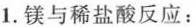
三1.镁与稀盐酸反应：